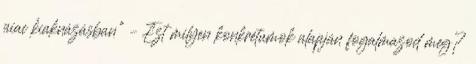
piac kiaknázásban” – Ezt milyen konkrétumok alapján fogalmazod meg?